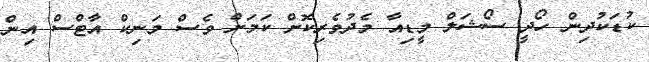
ކުޑަކުދިން ހޯދީ ސޯޝަލް މީޑިއާ މެދުވެރިކޮށް ކަމަށް ވެސް މަނިކް އާޓްސް އިން